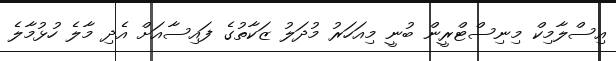
އިސްލާމިކް މިނިސްޓްރީން ބުނީ މިއަހަރު މުދަލު ޒަކާތުގެ ފައިސާއަށް އެދި މާލެ ހުޅުމާލެ